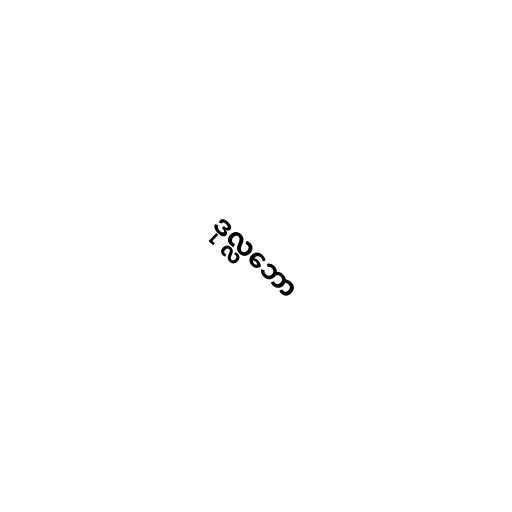
ဒုလ္လဘော